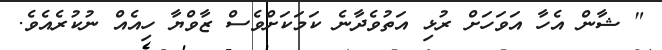
" ޝާން އެހާ އަވަހަށް ރުޅި އަތުވެދާނެ ކަމަކަށްވެސް ޒާވްޔާ ހިއެއް ނުކުރެއެވެ.